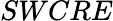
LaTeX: SWCRE